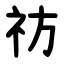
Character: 祊